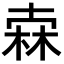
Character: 𣓼